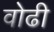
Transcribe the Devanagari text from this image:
वोढी